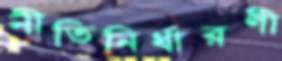
নীতিনির্ধারণী